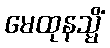
မေထုနသ္မိံ